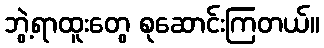
ဘွဲ့ရာထူးတွေ စုဆောင်းကြတယ်။